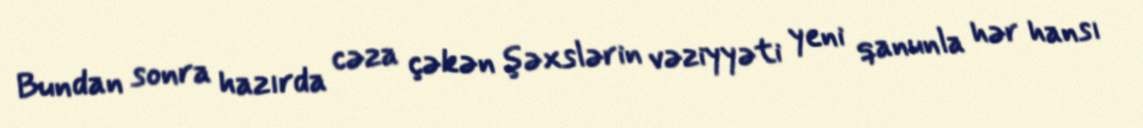
Bundan sonra hazırda cəza çəkən şəxslərin vəziyyəti yeni qanunla hər hansı